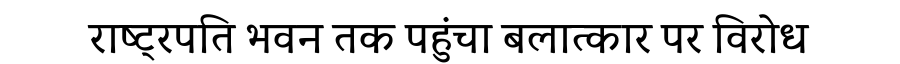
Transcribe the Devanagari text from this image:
राष्ट्रपति भवन तक पहुंचा बलात्कार पर विरोध